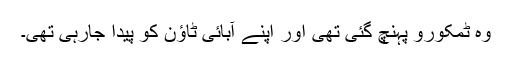
وہ ٹمکورو پہنچ گئی تھی اور اپنے آبائی ٹاؤن کو پیدا جارہی تھی۔